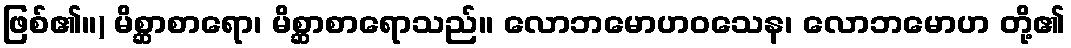
ဖြစ်၏။) မိစ္ဆာစာရော၊ မိစ္ဆာစာရောသည်။ လောဘမောဟဝသေန၊ လောဘမောဟ တို့၏